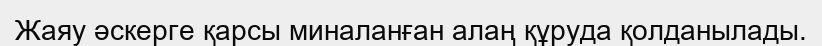
Жаяу әскерге қарсы миналанған алаң құруда қолданылады.